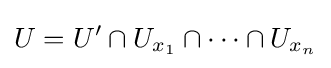
U=U'\cap U_{x_{1}}\cap \dots \cap U_{x_{n}}